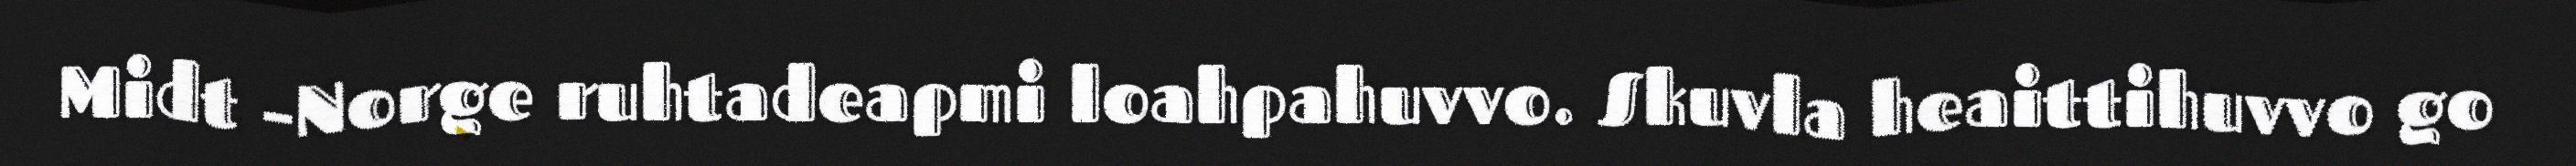
Midt –Norge ruhtadeapmi loahpahuvvo. Skuvla heaittihuvvo go